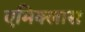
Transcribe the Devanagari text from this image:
एमिक्लास